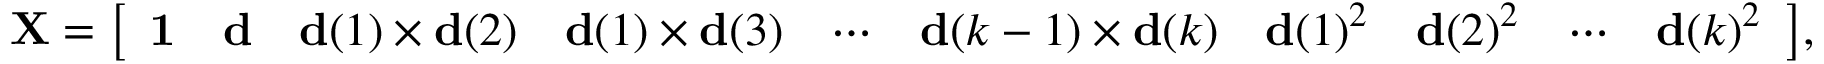
\mathbf { X } = { \left[ \begin{array} { l l l l l l l l l l } { \mathbf { 1 } } & { \mathbf { d } } & { \mathbf { d } ( 1 ) \times \mathbf { d } ( 2 ) } & { \mathbf { d } ( 1 ) \times \mathbf { d } ( 3 ) } & { \cdots } & { \mathbf { d } ( k - 1 ) \times \mathbf { d } ( k ) } & { \mathbf { d } ( 1 ) ^ { 2 } } & { \mathbf { d } ( 2 ) ^ { 2 } } & { \cdots } & { \mathbf { d } ( k ) ^ { 2 } } \end{array} \right] } ,